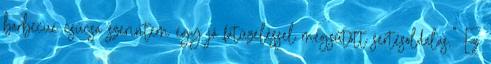
barbecue csúcsa szerintem egy jó fatüzeléssel megsütött sertésoldalas.” Ez